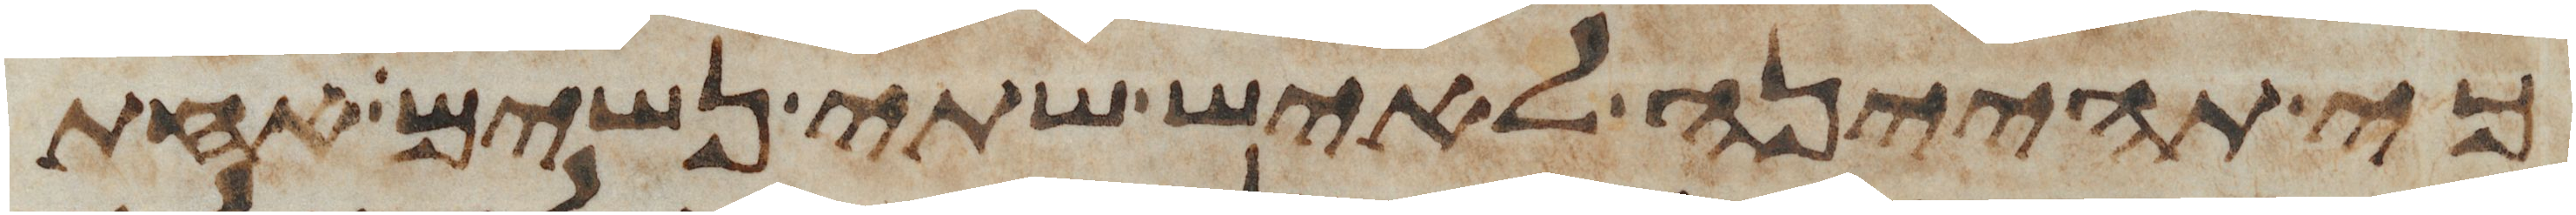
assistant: כי תהיינה לאיש שתי נשים אחת